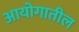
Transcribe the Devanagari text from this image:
आयोगातील